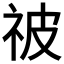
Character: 𬒳